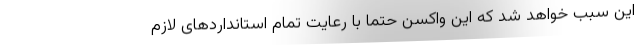
این سبب خواهد شد که این واکسن حتما با رعایت تمام استانداردهای لازم